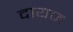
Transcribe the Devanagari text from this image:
दायज